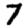
Digit: 7